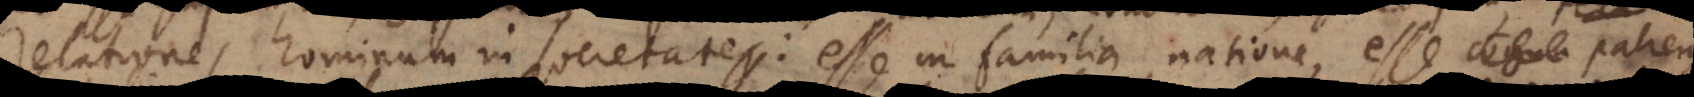
relationes hominum in societate: esse in familia, natione, esse cogna patrem